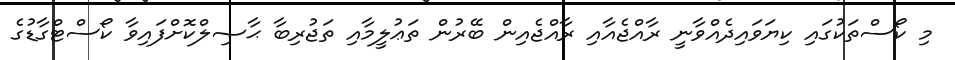
މި ކޯސްތަކުގައި ކިޔަވައިދެއްވާނީ ރާއްޖެއާއި ރާއްޖެއިން ބޭރުން ތަޢުލީމާއި ތަޖުރިބާ ޙާޞިލްކޮށްފައިވާ ކޯސްޓްގާޑުގެ